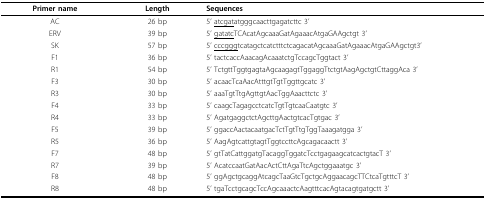
<table><thead><tr><td><b>Primer name</b></td><td><b>Length</b></td><td><b>Sequences</b></td></tr></thead><tbody><tr><td>AC</td><td>26 bp</td><td>5' <underline>atcgat</underline>atgggcaacttgagatcttc 3'</td></tr><tr><td>ERV</td><td>39 bp</td><td>5' <underline>gatatc</underline>TCAcatAgcaaaGatAgaaacAtgaGAAgctgt 3'</td></tr><tr><td>SK</td><td>57 bp</td><td>5' <underline>cccggg</underline>tcatagctcatctttctcagacatAgcaaaGatAgaaacAtgaGAAgctgt3'</td></tr><tr><td>F1</td><td>36 bp</td><td>5' tactcaccAaacagAcaaatctgTccagcTggtact 3'</td></tr><tr><td>R1</td><td>54 bp</td><td>5' TctgttTggtgagtaAgcaagagtTggaggTtctgtAagAgctgtCttaggAca 3'</td></tr><tr><td>F3</td><td>30 bp</td><td>5' acaacTcaAacAtttgtTgtTggttgcatc 3'</td></tr><tr><td>R3</td><td>30 bp</td><td>5' aaaTgtTtgAgttgtAacTggAaacttctc 3'</td></tr><tr><td>F4</td><td>33 bp</td><td>5' caagcTagagcctcatcTgtTgtcaaCaatgtc 3'</td></tr><tr><td>R4</td><td>33 bp</td><td>5' AgatgaggctctAgcttgAactgtcacTgtgac 3'</td></tr><tr><td>F5</td><td>39 bp</td><td>5' ggaccAactacaatgacTctTgtTtgTggTaaagatgga 3'</td></tr><tr><td>R5</td><td>36 bp</td><td>5' AagAgtcattgtagtTggtccttcAgcagacaactt 3'</td></tr><tr><td>F7</td><td>48 bp</td><td>5' gtTatCattggatgTacaggTggatcTcctgagaagcatcactgtacT 3'</td></tr><tr><td>R7</td><td>39 bp</td><td>5' AcatccaatGatAacActCttAgaTtcAgctggaaatgc 3'</td></tr><tr><td>F8</td><td>48 bp</td><td>5' ggAgctgcaggAtcagcTaaGtcTgctgcAggaacagcTTCtcaTgtttcT 3'</td></tr><tr><td>R8</td><td>48 bp</td><td>5' tgaTcctgcagcTccAgcaaactcAagtttcacAgtacagtgatgctt 3'</td></tr></tbody></table>